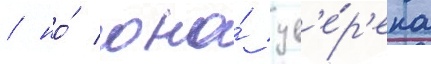
/ но́ она́ ув'е́р'ена